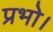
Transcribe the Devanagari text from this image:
प्रभो।